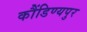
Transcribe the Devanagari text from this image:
कौंडिण्यपुर